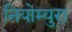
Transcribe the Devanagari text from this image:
नियोम्युरा